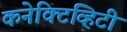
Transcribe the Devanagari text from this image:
कनेक्टिव्हिटी